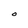
Character: O